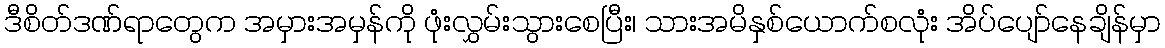
ဒီစိတ်ဒဏ်ရာတွေက အမှားအမှန်ကို ဖုံးလွှမ်းသွားစေပြီး၊ သားအမိနှစ်ယောက်စလုံး အိပ်ပျော်နေချိန်မှာ